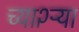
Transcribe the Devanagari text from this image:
च्या२ऱ्या